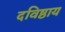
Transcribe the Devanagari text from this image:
दविष्ठाय